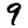
Digit: 9